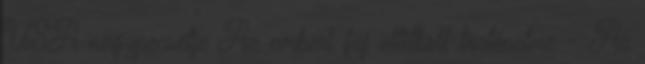
USA nagypecsétje Az emberi faj eltitkolt történelme - Az